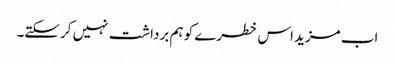
اب مزید اس خطرے کو ہم برداشت نہیں کرسکتے۔